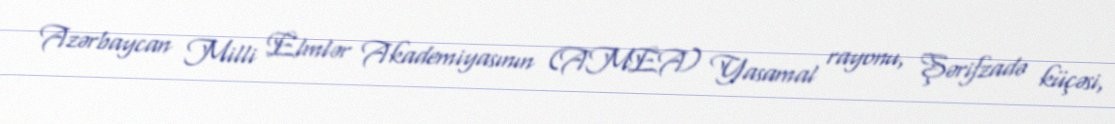
Azərbaycan Milli Elmlər Akademiyasının (AMEA) Yasamal rayonu, Şərifzadə küçəsi,